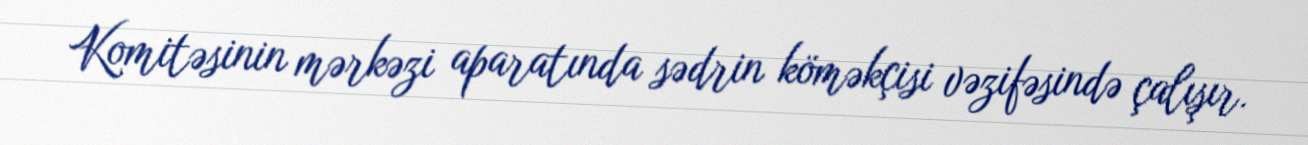
Komitəsinin mərkəzi aparatında sədrin köməkçisi vəzifəsində çalışır.